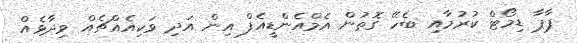
ޕާޕާ ޑިމޯޓް ކުރުމާއި ބެހޭ ގޮތުން އެމްއެންޑީއެފް އިން އަދި ވަކިއެއްޗެއް ވިދާޅެއް